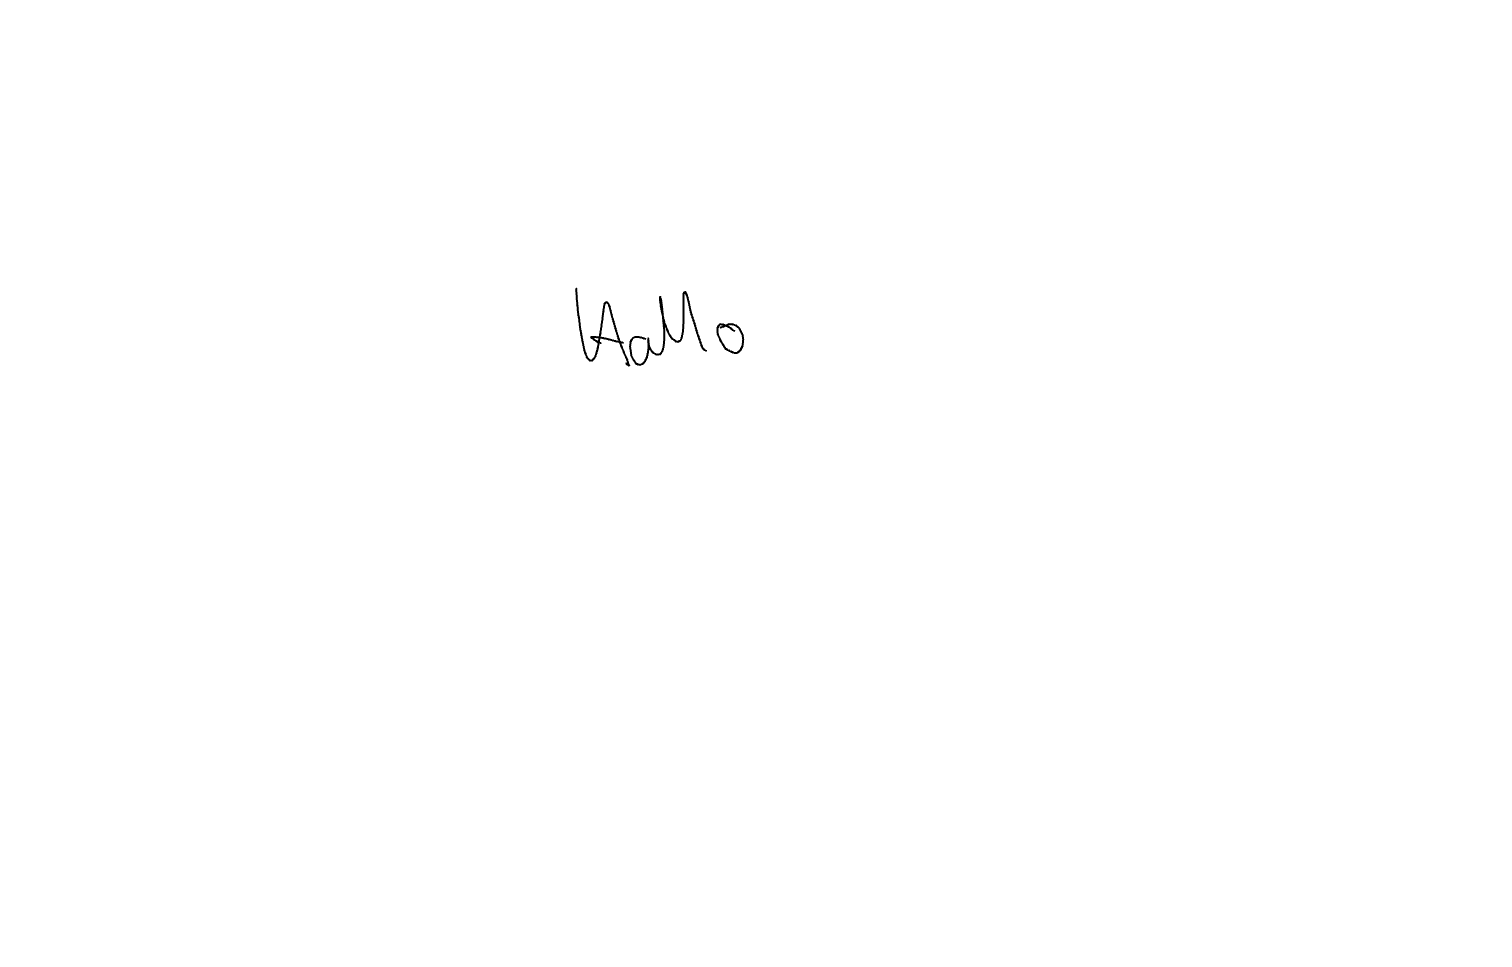
Text: Hallo